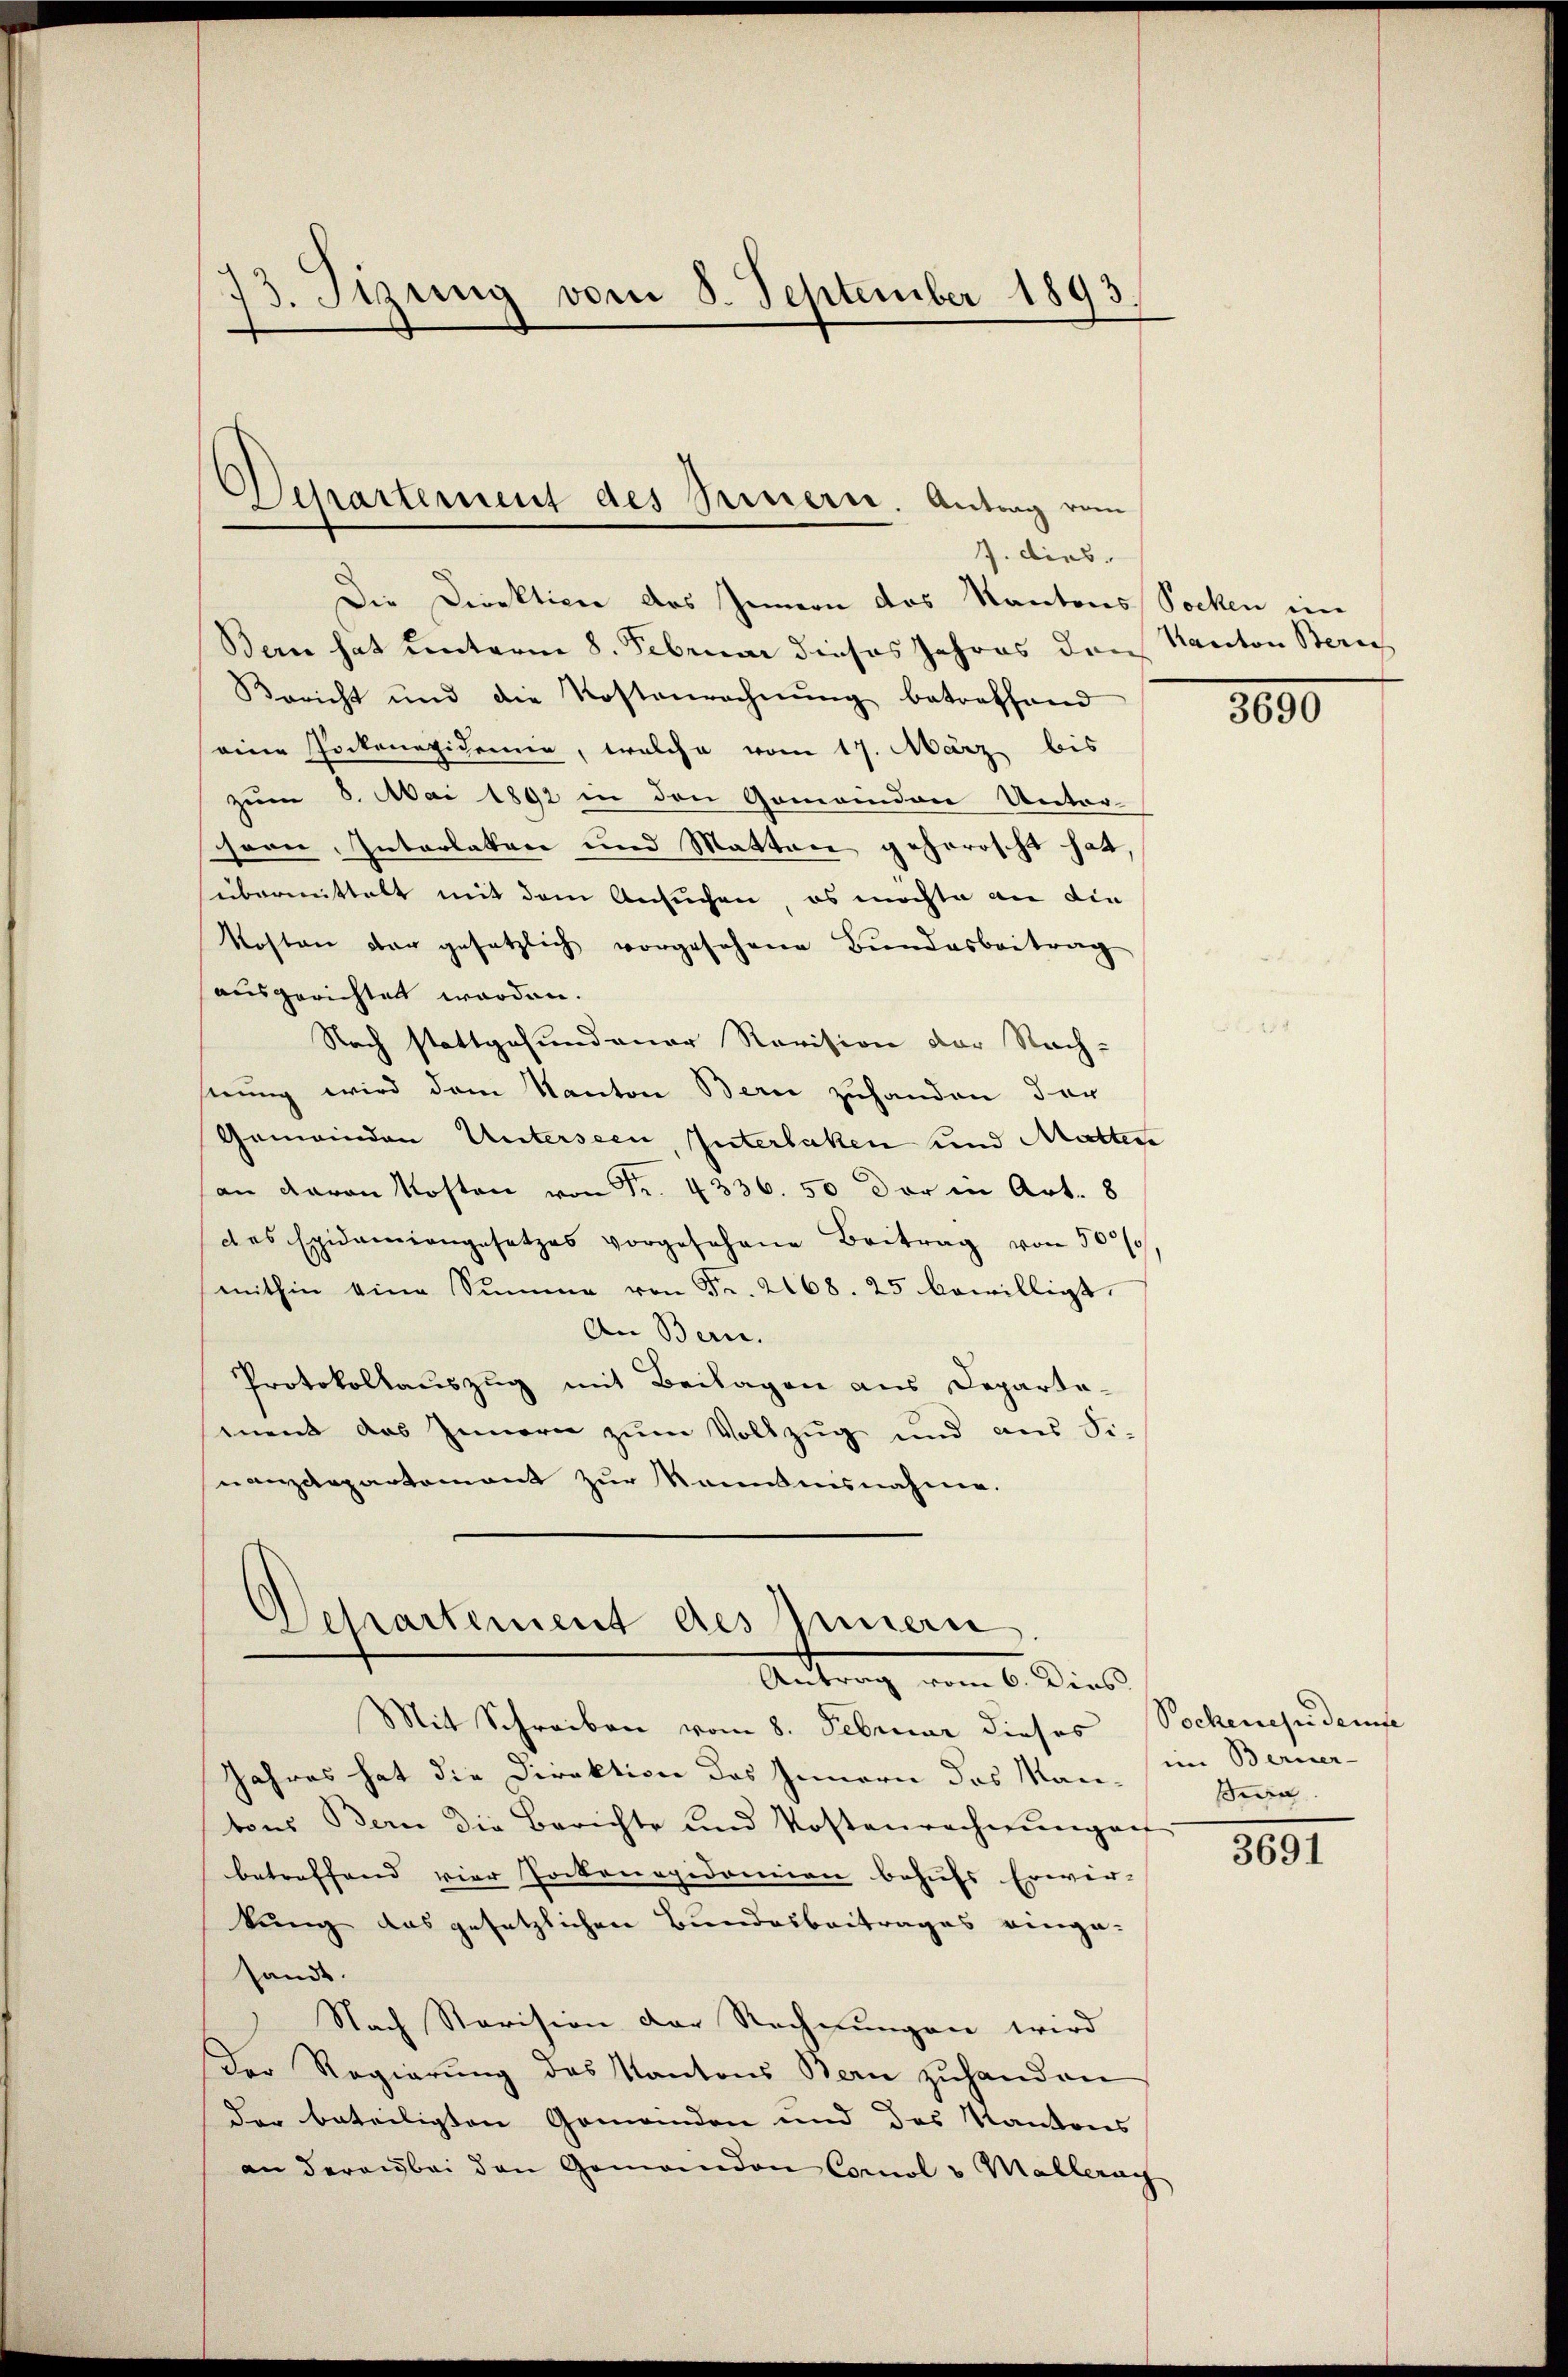
13. Jizung vom 8. September 1893.

Departement des Seinern. Antrag vom
J. dies.

Die Direktion des Innern das Kantons Socken im
Bern hat unterm 8. Februar dieses Jahres den Kanton Beric
Bericht und die Kostenrechnŭng betreffend
seiner Pockenepidemie, welche vom 17. März bis
zum 5. Mai 1892 in den Gemeinden Unter-
soon, Interlaken und Matten geherrscht hat,
sübermittelt mit dem Ansuchen, es möchte an die
Kosten der gesetzlich vorgesehene Bŭndesbeitrag
ausgerichtet worden.
Nach stattgefundener Revision der Nach-
stung wird dem Kanton Bern zuhanden der
Gemeinden Unterseen, Interlaken und Mutter
an davon Kosten von Fr. 4336. 50 der in Art. 8
des Epidamiangesetzes vorgesehene Beitrag von 500/
mithin eine Summe von Fr. 268. 25 bewilligt.
An Bern.
Protokollauszug mit Beilagen aus Departement das Innern zum Vollzug und aus Fr.
nanzdepartement zur Kenntnisnahme.
Departement des Innern
Antrag vom 6. Dies
Mit Schreiben vom 8. Februar dieses
Jahres hat die Direktion des Innern des Man, im Berner-
tons Bern die Berichte und Kostenrechnŭngen
betreffend vier Pockenepidemien behufs Erwer-
kung das gesetzlichen Bundesbeitrages einge-
sandt.
 Nach Ravision der Rechnungen wird
Der Regierŭng des Kantons Bern zŭhanden
der beteiligten Gemeinden und des Kantons
an daran bei den Gemeinden Corol v Mallerag

3690

Pockenes demse
sen

3691